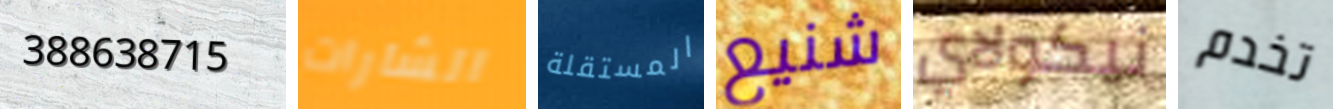
388638715 الشارات المستقلة شنيع نيكولاي تخدم